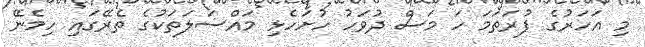
މި އަހަރުގެ ފުރަތަމަ ހަ މަސް ދުވަހު ހުށަހެޅި މައްސަލަތަކުގެ ތެރޭގައި ހިމެނޭ